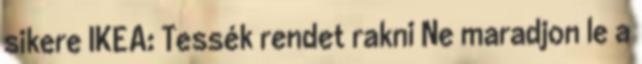
sikere IKEA: Tessék rendet rakni Ne maradjon le a